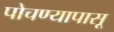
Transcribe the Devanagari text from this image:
पोचण्यापासू